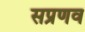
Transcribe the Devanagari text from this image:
सप्रणव